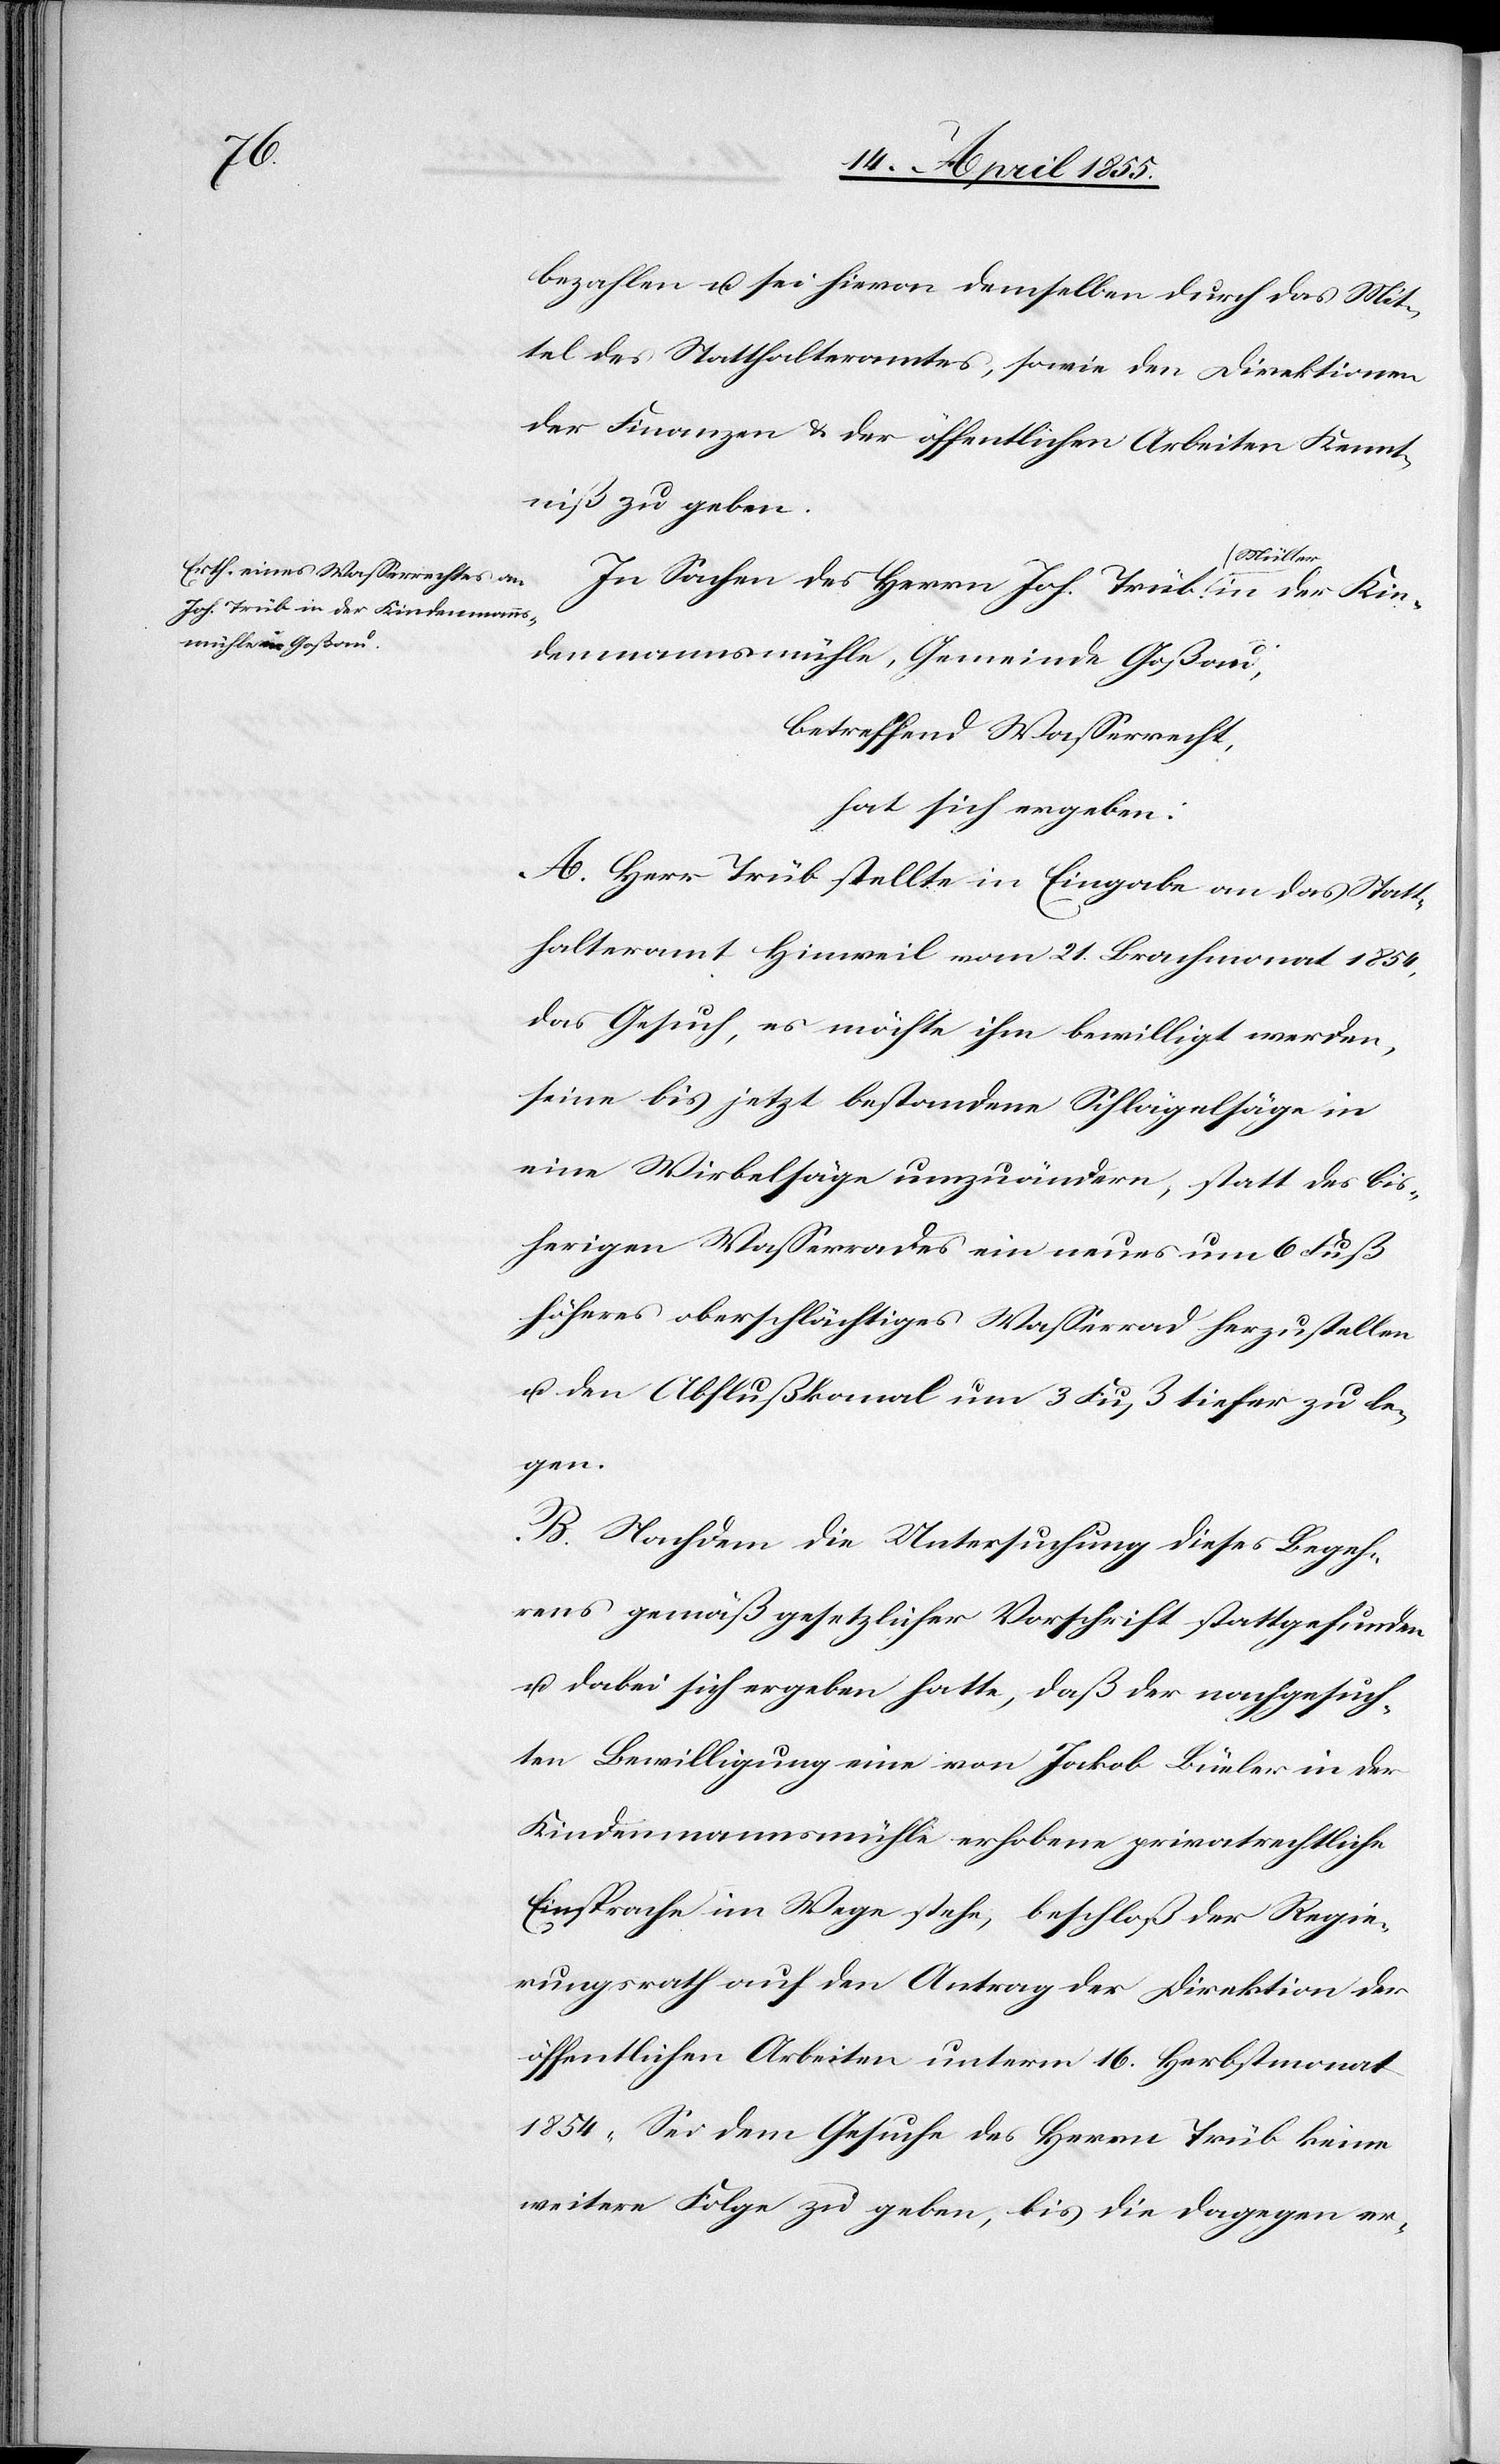
bezahlen u. sei hievon demselben durch das Mit¬
tel des Statthalteramtes, sowie den Direktionen
der Finanzen & der öffentlichen Arbeiten Kennt¬
niß zu geben.
In Sachen des Herrn Joh. Trüb, Müller in der Kin¬
denmannsmühle, Gemeinde Goßau,
betreffend Wasserrecht,
hat sich ergeben:
A. Herr Trüb stellte in Eingabe an das Statt¬
halteramt Hinweil vom 21. Brachmonat 1854,
das Gesuch, es möchte ihm bewilligt werden,
seine bis jetzt bestandene Schlägelsäge in
eine Wirbelsäge umzuändern, statt des bis¬
herigen Wasserrades ein neues um 6 Fuß
höheres oberschlächtiges Wasserrad herzustellen
u. den Abflußkanal um 3 Fuß tiefer zu le¬
gen.
B. Nachdem die Untersuchung dieses Begeh¬
rens gemäß gesetzlicher Vorschrift stattgefunden
u. dabei sich ergeben hatte, daß der nachgesuch¬
ten Bewilligung eine von Jakob Büeler in der
Kindenmannsmühle erhobene privatrechtliche
Einsprache im Wege stehe, beschloß der Regie¬
rungsrath auf den Antrag der Direktion der
öffentlichen Arbeiten unterm 16. Herbstmonat
1854 „Sei dem Gesuche des Herrn Trüb keine
weitere Folge zu geben, bis die dagegen er-